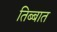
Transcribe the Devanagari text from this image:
तिब्बात